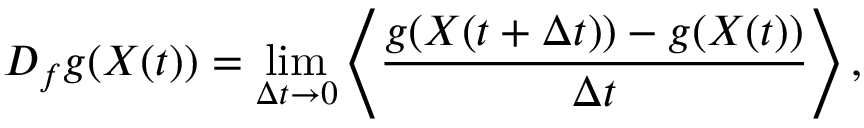
D _ { f } g ( X ( t ) ) = \operatorname* { l i m } _ { \Delta t \rightarrow 0 } \left< \frac { g ( X ( t + \Delta t ) ) - g ( X ( t ) ) } { \Delta t } \right> ,